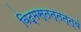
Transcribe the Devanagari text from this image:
विद्मस्तत्तत्त्वं